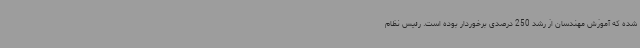
شده که آموزش مهندسان از رشد 250 درصدی برخوردار بوده است. رئیس نظام